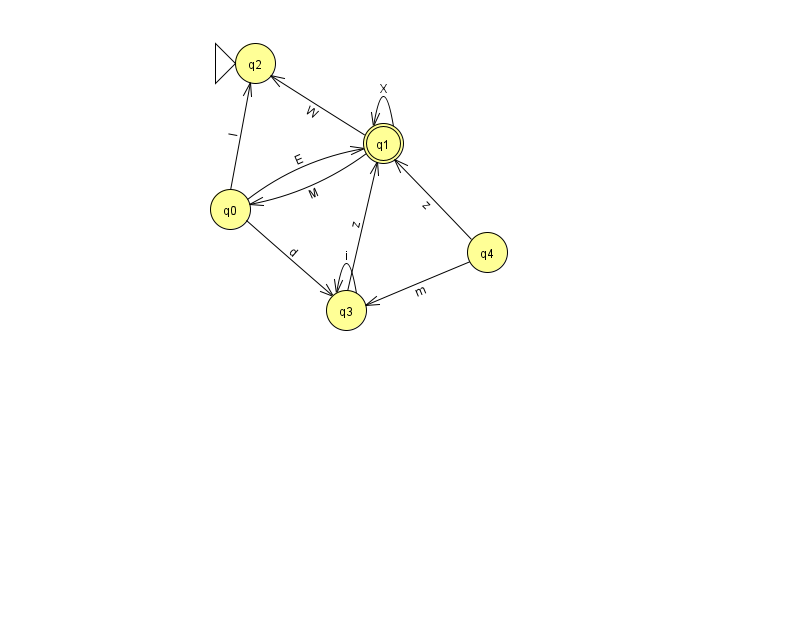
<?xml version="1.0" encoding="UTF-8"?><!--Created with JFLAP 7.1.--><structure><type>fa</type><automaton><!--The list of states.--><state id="0" name="q0"><x>230.0</x><y>196.0</y></state><state id="1" name="q1"><x>383.0</x><y>130.0</y><final/></state><state id="2" name="q2"><x>255.0</x><y>50.0</y><initial/></state><state id="3" name="q3"><x>346.0</x><y>297.0</y></state><state id="4" name="q4"><x>487.0</x><y>239.0</y></state><!--The list of transitions.--><transition><from>4</from><to>1</to><read>z</read></transition><transition><from>1</from><to>0</to><read>M</read></transition><transition><from>0</from><to>3</to><read>d</read></transition><transition><from>3</from><to>1</to><read>z</read></transition><transition><from>1</from><to>1</to><read>X</read></transition><transition><from>1</from><to>2</to><read>W</read></transition><transition><from>3</from><to>3</to><read>i</read></transition><transition><from>4</from><to>3</to><read>m</read></transition><transition><from>0</from><to>1</to><read>E</read></transition><transition><from>0</from><to>2</to><read>l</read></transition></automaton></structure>